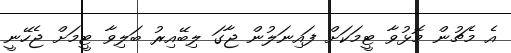
އެ މެޗުން މޮޅުވާ ޓީމަކަށް ފައިނަލުން ޖާގަ ލިބޭއިރު ބަލިވާ ޓީމަށް ޖެހޭނީ